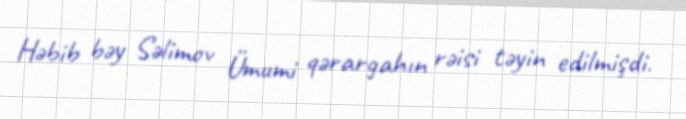
Həbib bəy Səlimov Ümumi qərargahın rəisi təyin edilmişdi.